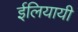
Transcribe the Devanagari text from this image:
ईलियायी